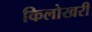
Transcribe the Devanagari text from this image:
किलोखरी